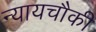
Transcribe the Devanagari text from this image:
न्यायचौकी